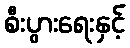
စီးပွားရေးနှင့်